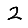
Digit: 2